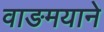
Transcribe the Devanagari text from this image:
वाङमयाने